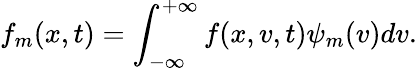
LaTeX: f_{m}(x,t)=\int_{-\infty}^{+\infty}f(x,v,t)\psi_{m}(v)dv.